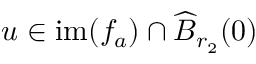
u \in \mathrm { i m } ( f _ { a } ) \cap \widehat { B } _ { r _ { 2 } } ( 0 )